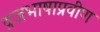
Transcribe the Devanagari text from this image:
व्रजभाषाप्रवीण